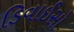
ડિવાઈસો